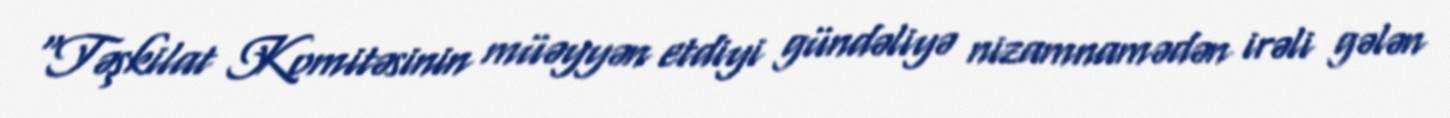
“Təşkilat Komitəsinin müəyyən etdiyi gündəliyə nizamnamədən irəli gələn